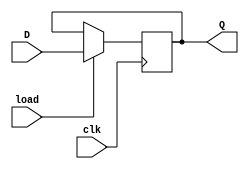
/* Grupo 15
Aluno: Pedro Freitas Fassini, NUSP: 12566571
Aluno: Antnio Freitas Fassini, NUSP:12551032 
Aluno: Gustavo Scardino, NUSP: 11797229
Arquivo: Cdigo do Registrador Parametrizvel*/



module registrador #(parameter N=8) 
(
    input [N-1:0] D,
    input load,
    input clk,
    output  reg signed [N-1:0] Q
);
    


always @(posedge clk ) begin
    
    if (load) Q <= D;
end



endmodule